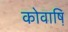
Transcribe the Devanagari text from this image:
कोवाष़ि